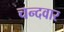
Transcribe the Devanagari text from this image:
चन्दवार